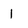
Character: 1